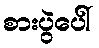
စားပွဲပေါ်